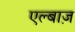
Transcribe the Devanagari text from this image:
एल्बाज़